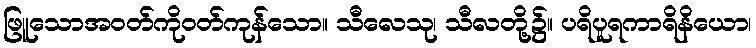
ဖြူသောအဝတ်ကိုဝတ်ကုန်သော။ သီလေသု၊ သီလတို့၌။ ပရိပူရကာရိနိယော၊